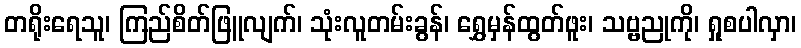
တရိုးရေသူ၊ ကြည်စိတ်ဖြူလျက်၊ သုံးလူတမ်းခွန်၊ ရွှေမှန်ထွတ်ဖူး၊ သဗ္ဗညုကို၊ ရှုစပါလှာ၊